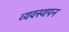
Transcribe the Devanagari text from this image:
व्यवस्थपन